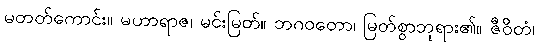
မတတ်ကောင်း။ မဟာရာဇ၊ မင်းမြတ်။ ဘဂဝတော၊ မြတ်စွာဘုရား၏။ ဇီဝိတံ၊